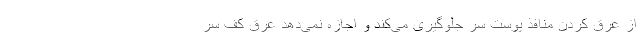
از عرق کردن منافذ پوست سر جلوگیری می­کند و اجازه نمی­دهد عرق کف سر